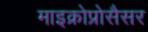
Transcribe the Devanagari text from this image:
माइक्रोप्रोसैसर